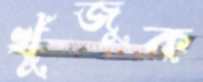
খুঁজুক